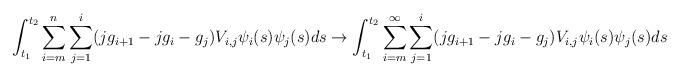
LaTeX: \begin{align*}\int_{t_1}^{t_2}\sum_{i=m}^n \sum_{j=1}^i(jg_{i+1}-jg_i-g_j)V_{i,j}\psi_i(s)\psi_j(s)ds \to \int_{t_1}^{t_2}\sum_{i=m}^{\infty} \sum_{j=1}^i(jg_{i+1}-jg_i-g_j)V_{i,j}\psi_i(s)\psi_j(s)ds\end{align*}